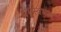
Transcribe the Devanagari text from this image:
धर्मस्वभाव